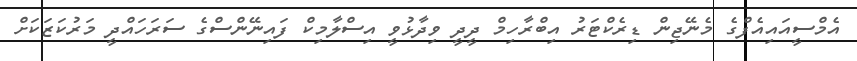
އެމްސީއައިއެފްގެ މެނޭޖިން ޑިރެކްޓަރު އިބްރާހިމް ދީދީ ވިދާޅުވީ އިސްލާމިކް ފައިނޭންސްގެ ސަރަހައްދީ މަރުކަޒަކަށް